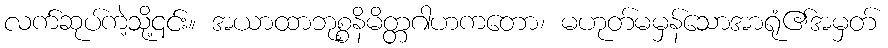
လက်ဆုပ်ကဲ့သို့၎င်း။ အယာထာဘုစ္စနိမိတ္တဂါဟကတော၊ မဟုတ်မမှန်သောအာရုံ၏အမှတ်